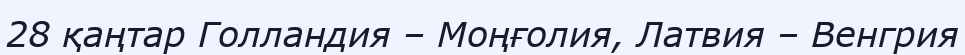
28 қаңтар Голландия – Моңғолия, Латвия – Венгрия